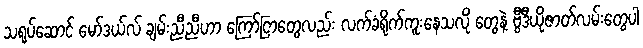
သရုပ်ဆောင် မော်ဒယ်လ် ချမ်းညီညီဟာ ကြော်ငြာတွေလည်း လက်ခံရိုက်ကူးနေသလို တွေနဲ့ ဗွီဒီယိုဇာတ်လမ်းတွေပါ